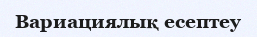
Вариациялық есептеу